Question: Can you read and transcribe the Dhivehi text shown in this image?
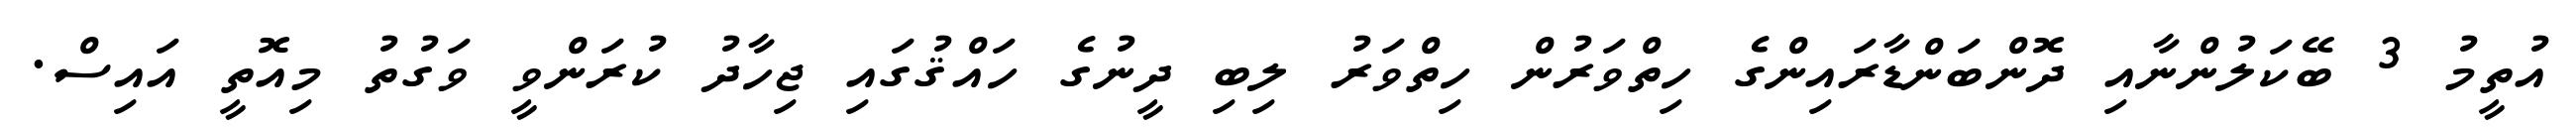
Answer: އުތީމު 3 ބޭކަލުންނާއި ދޮންބަންޑާރައިންގެ ހިތްވަރުން ހިތްވަރު ލިބި ދީނުގެ ހައްޤުގައި ޖިހާދު ކުރަންވީ ވަގުތު މިއޮތީ އައިސް.